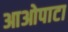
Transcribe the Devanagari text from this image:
आओपाटा